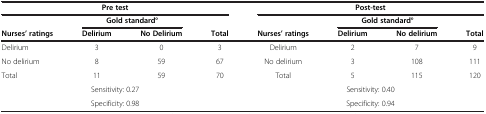
<table><thead><tr><td colspan="4"><b>Pre test</b></td><td colspan="4"><b>Post-test</b></td></tr><tr><td><b> </b></td><td colspan="2"><b>Gold standard°</b></td><td><b> </b></td><td><b> </b></td><td colspan="2"><b>Gold standard°</b></td><td><b> </b></td></tr><tr><td><b>Nurses’ ratings</b></td><td><b>Delirium</b></td><td><b>No Delirium</b></td><td><b>Total</b></td><td><b>Nurses’ ratings</b></td><td><b>Delirium</b></td><td><b>No delirium</b></td><td><b>Total</b></td></tr></thead><tbody><tr><td>Delirium</td><td>3</td><td>0</td><td>3</td><td>Delirium</td><td>2</td><td>7</td><td>9</td></tr><tr><td>No delirium</td><td>8</td><td>59</td><td>67</td><td>No delirium</td><td>3</td><td>108</td><td>111</td></tr><tr><td>Total</td><td>11</td><td>59</td><td>70</td><td>Total</td><td>5</td><td>115</td><td>120</td></tr><tr><td colspan="4">Sensitivity: 0.27</td><td colspan="4">Sensitivity: 0.40</td></tr><tr><td colspan="4">Specificity: 0.98</td><td colspan="4">Specificity: 0.94</td></tr></tbody></table>